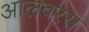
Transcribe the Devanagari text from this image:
आलवरस